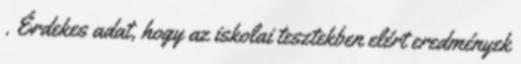
. Érdekes adat, hogy az iskolai tesztekben elért eredmények